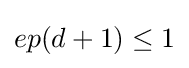
ep(d+1)\leq 1